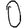
Digit: 0